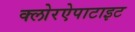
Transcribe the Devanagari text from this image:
क्लोरऐपाटाइट